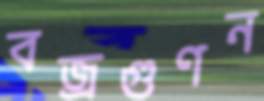
বজ্রগুণন